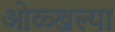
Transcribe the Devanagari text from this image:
ओळ्खल्या